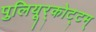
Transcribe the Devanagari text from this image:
पुलियूर्‌कोट्टम्